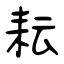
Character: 耘